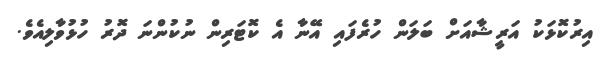
އިރުކޮޅަކު އަރީޝާއަށް ބަލަން ހުރެފައި އޭނާ އެ ކޮޓަރިން ނުކުންނަ ދޮރު ހުޅުވާލިއެވެ.